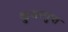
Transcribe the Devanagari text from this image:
कुमरगुप्त